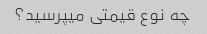
چه نوع قیمتی میپرسید؟